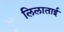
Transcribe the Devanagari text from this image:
लिलाताई